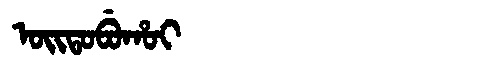
Manchu: ᠣᡳᡨᠣᠪᡠᡥᠣᡳ
Romanization: OITOBUHOI